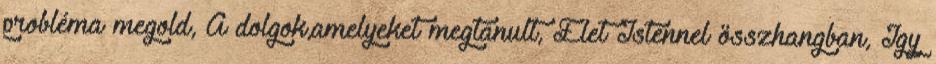
probléma megold, A dolgok,amelyeket megtanult, Élet Istennel összhangban, Így